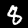
Label: 8